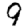
Digit: 9